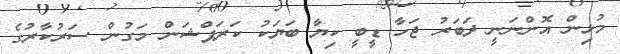
މުޅިން އޮންނަނީ ދަބަރު ޖަހާ ޑީބީ ކިޔާ ބަޔަކު ކަރަޕްޝަން މަގުން ސަރުކާރުގެ